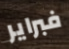
فبراير